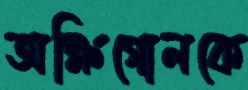
অক্ষিগোলকে